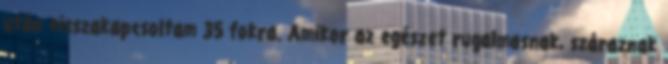
után visszakapcsoltam 35 fokra. Amikor az egészet rugalmasnak, száraznak